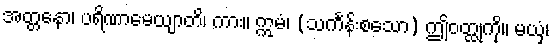
အတ္တနော၊ ပရိဏာမေယျာတိ၊ ကား။ ဣမံ၊ (သင်္ကန်းစသော) ဤဝတ္ထုကို။ မယှံ၊